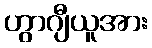
ဟွာဂျီယူအား